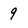
Character: 9